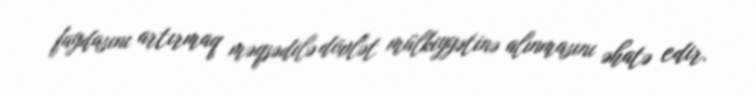
faydasını artırmaq məqsədilə dövlət mülkiyyətinə alınmasını əhatə edir.